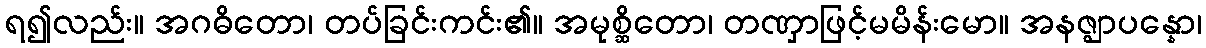
ရ၍လည်း။ အဂဓိတော၊ တပ်ခြင်းကင်း၏။ အမုစ္ဆိတော၊ တဏှာဖြင့်မမိန်းမော။ အနဇ္ဈာပန္နော၊